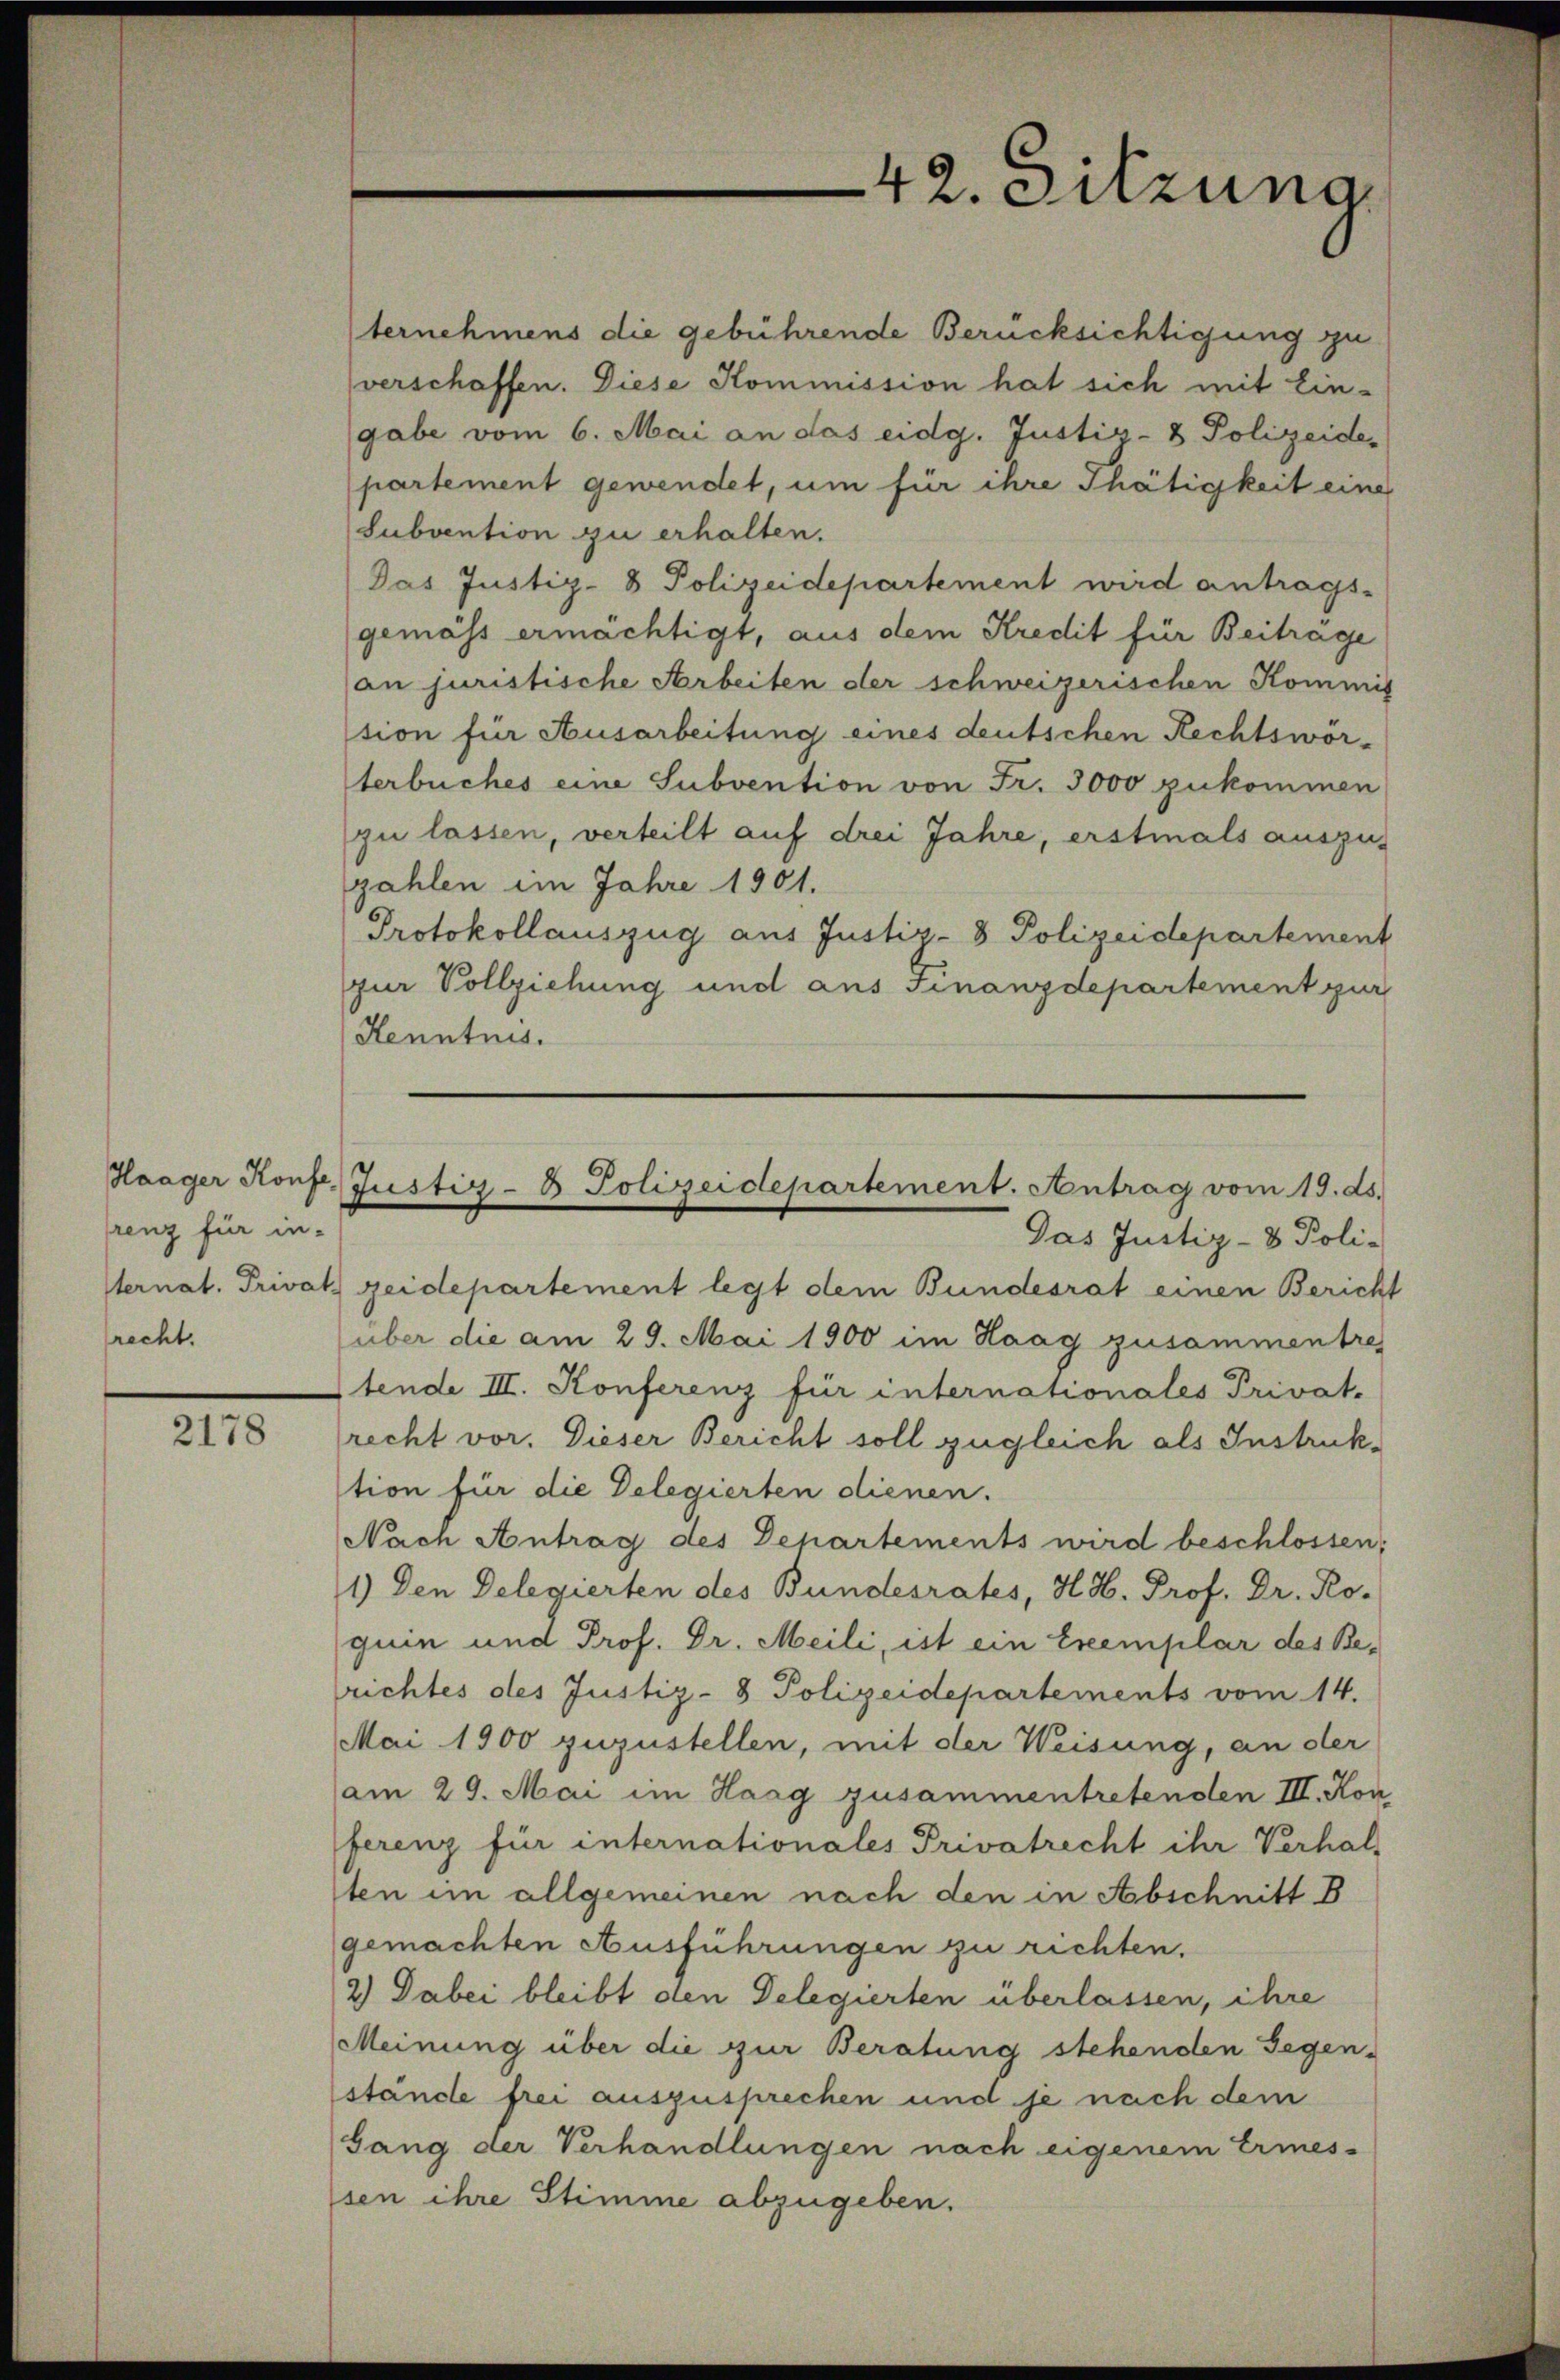
renz für in-
recht.

2178

42. Sitzung.

ternehmens die gebührende Berücksichtigung zu
verschaffen. Diese Kommission hat sich mit Ein-
gabe vom 6. Mai an das eidg. Justiz- & Polizeidepartement gewendet, um für ihre Thätigkeit eine
Subvention zu erhalten.
Das Justiz- & Polizeidepartement wird antrags-
gemäss ermächtigt, aus dem Kredit für Beitrage
an juristische Arbeiten der schweizerischen Kommis
tion für Ausarbeitung eines deutschen Rechtswör-
terbuches eine Subvention von Fr. 3000 zukommen
zu lassen, verteilt auf drei Jahre, erstmals auszus
zahlen im Jahre 1901.
Protokollauszug aus Justiz- & Polizeidepartement
zur Vollziehung und aus Finanzdepartement pur
Kenntnis.

Sternat. Privat zeidepartement legt dem Bundesrat einen Bericht
über die am 29. Mai 1900 im Haag zusammentre
tende III. Konferenz für internationales Privat-
recht vor. Dieser Bericht soll zugleich als Instruktion für die Delegierten dienen.
Nach Antrag des Departements wird beschlossen:
1) Den Delegierten des Bundesrates, H. H. Prof. Dr. Ro-
quin und Prof. Dr. Meili, ist ein Exemplar des Berichtes des Justiz- 8 Polizeidepartements vom 14.
Mai 1900 zuzustellen, mit der Weisung, an der
am 29. Mai im Haag zusammentretenden III. Kon
ferenz für internationales Privatrecht ihr Verhalten im allgemeinen nach den in Abschnitt B
gemachten Ausführungen zu richten.
2.) Dabei bleibt den Delegierten überlassen, ihre
Meinung über die zur Beratung stehenden Gegen-
stände frei auszusprechen und je nach dem
Gang der Verhandlungen nach eigenem Ermes-
sen ihre Stimme abzugeben.

Haager Konfe Justiz- & Polizeidepartement. Antrag vom 19. ds.
Das Justiz- & Poli-